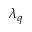
\lambda _ { q }